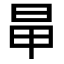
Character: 𣅼